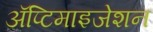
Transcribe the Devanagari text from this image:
ॲप्टिमाइजेशन